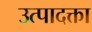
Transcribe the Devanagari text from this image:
उत्पादक्ता